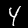
Digit: 4